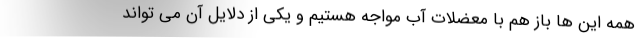
همه این ها باز هم با معضلات آب مواجه هستیم و یکی از دلایل آن می تواند